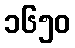
၁၆၅၀